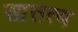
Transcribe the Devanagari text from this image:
सात्तत्य